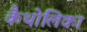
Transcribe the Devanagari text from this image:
कैथोलिका